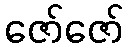
ဇော်ဇော်